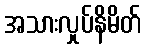
အသားလှုပ်နိမိတ်